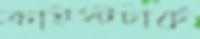
ক্রাইস্টচার্চে